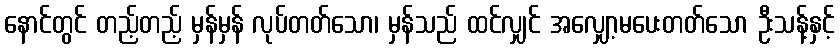
နောင်တွင် တည့်တည့် မှန်မှန် လုပ်တတ်သော၊ မှန်သည် ထင်လျှင် အလျှော့မပေးတတ်သော ဦးသန့်နှင့်